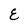
Character: E